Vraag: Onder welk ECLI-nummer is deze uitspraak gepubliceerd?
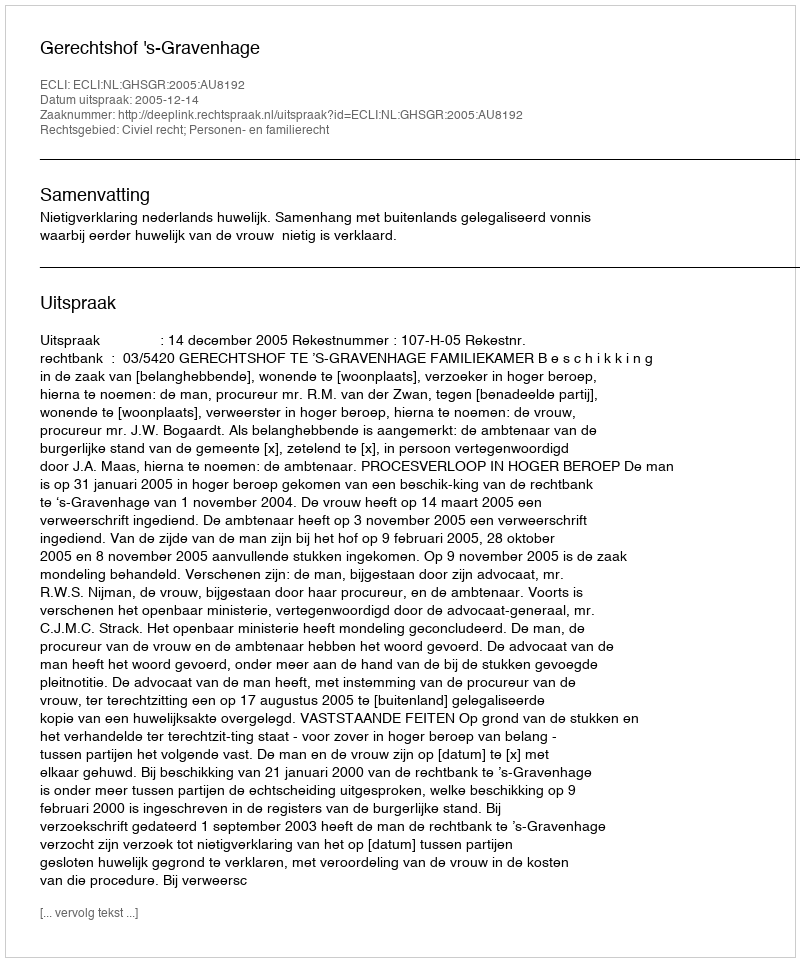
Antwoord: ECLI:NL:GHSGR:2005:AU8192